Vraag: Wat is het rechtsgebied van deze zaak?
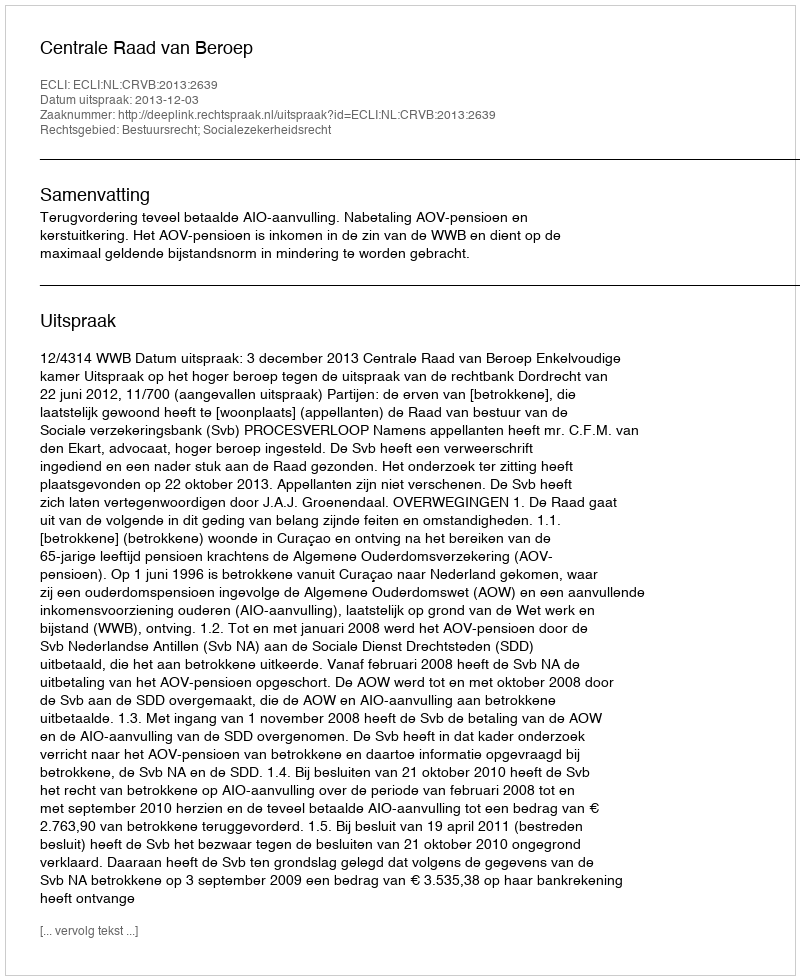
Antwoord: Bestuursrecht; Socialezekerheidsrecht